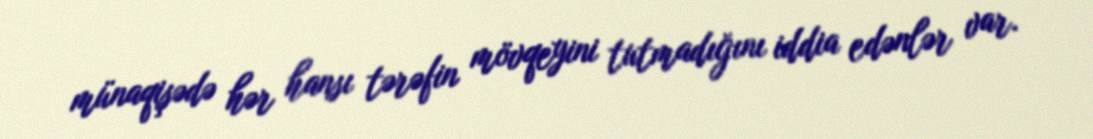
münaqişədə hər hansı tərəfin mövqeyini tutmadığını iddia edənlər var.